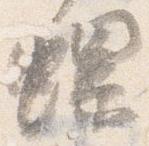
螺